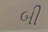
બી